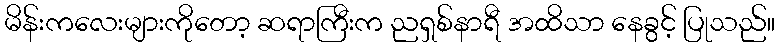
မိန်းကလေးများကိုတော့ ဆရာကြီးက ညရှစ်နာရီ အထိသာ နေခွင့် ပြုသည်။